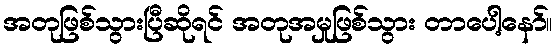
အတုဖြစ်သွားပြီဆိုရင် အတုအမှုဖြစ်သွား တာပေါ့နော်။